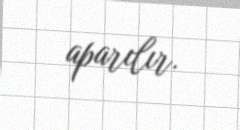
aparılır.